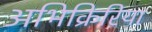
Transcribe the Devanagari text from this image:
अभिक्रिरिया